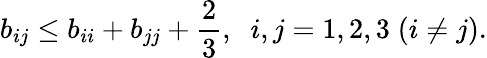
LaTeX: b_{ij}\leq b_{ii}+b_{jj}+\frac 23,\; \; i,j=1,2,3\; (i\neq j).